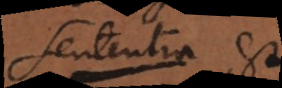
Sententia est